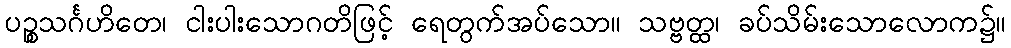
ပဉ္စသင်္ဂဟိတေ၊ ငါးပါးသောဂတိဖြင့် ရေတွက်အပ်သော။ သဗ္ဗတ္ထ၊ ခပ်သိမ်းသောလောက၌။